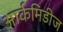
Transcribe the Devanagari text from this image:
आर्कमिडीज